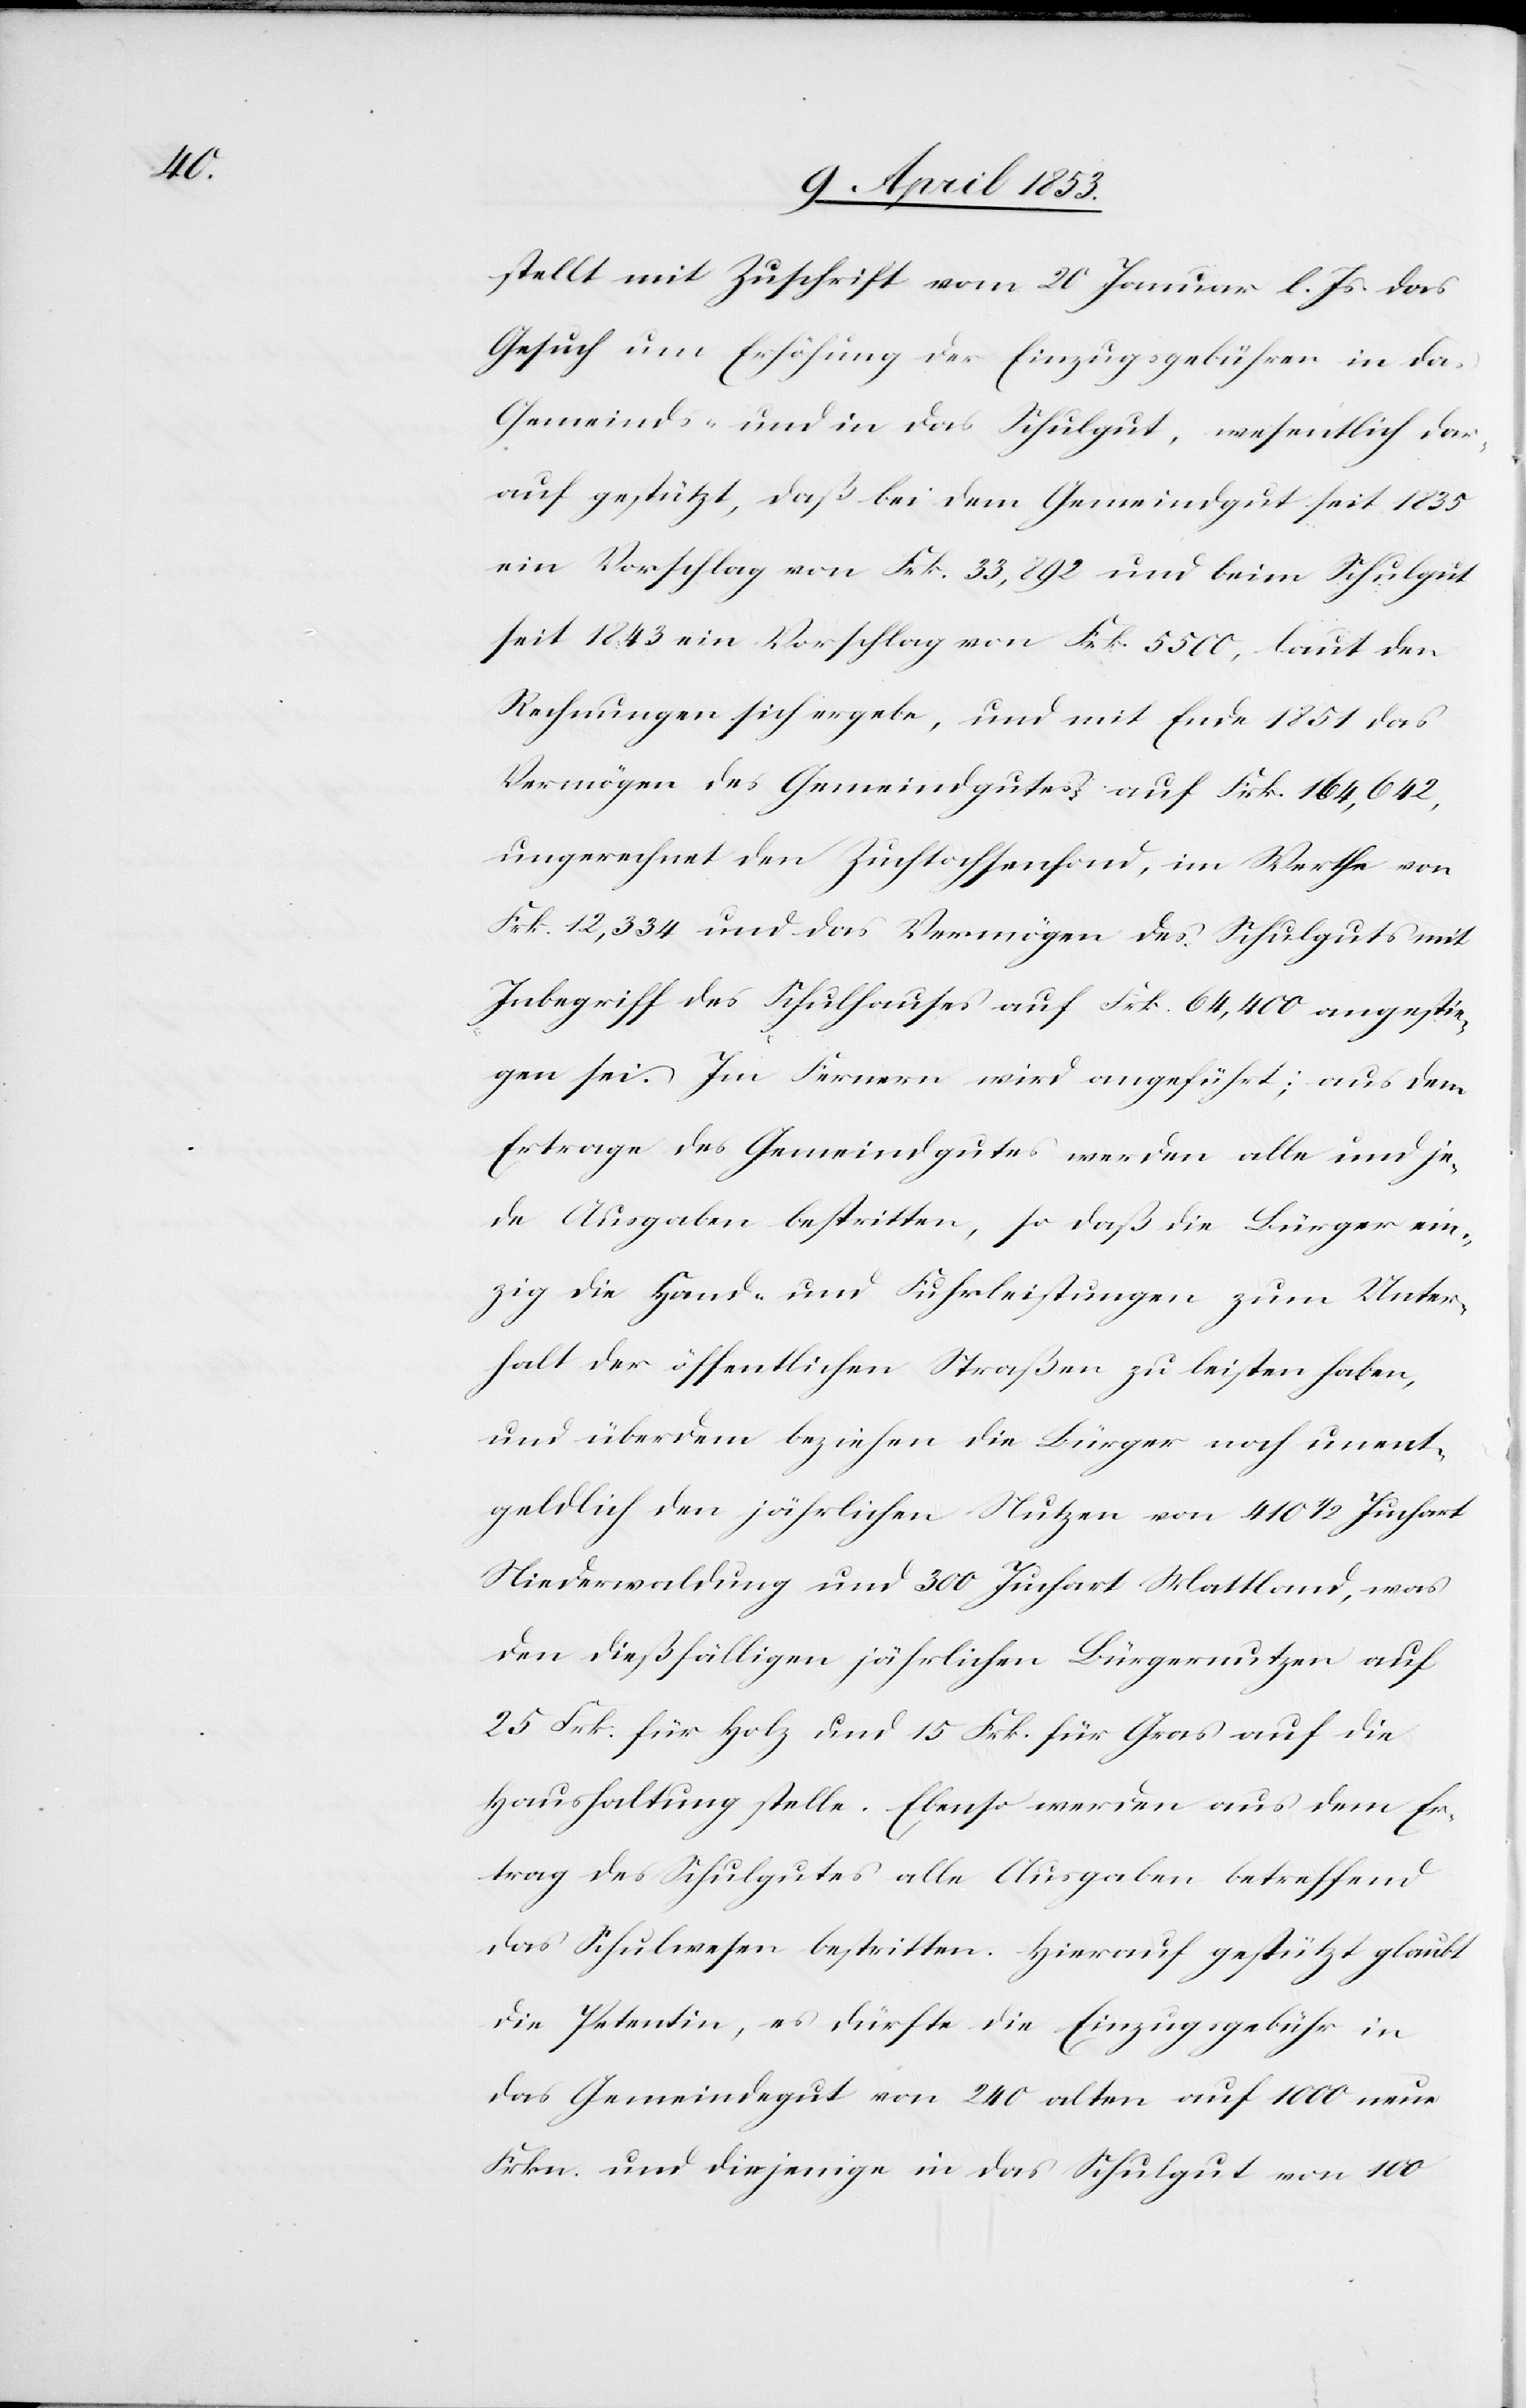
stellt mit Zuschrift vom 20 Januar l. Js. das
Gesuch um Erhöhung der Einzugsgebühren in das
Gemeinds- und in das Schulgut, wesentlich dar¬
auf gestützt, daß bei dem Gemeindsgut seit 1835
ein Vorschlag von Frk. 33, 292 und beim Schulgut
seit 1243 ein Vorschlag von Frk. 5500, laut den
Rechnungen sich ergebe, und mit Ende 1851 das
Vermögen des Gemeindgutes, auf Frk. 164, 642,
ungerechnet den Zuchtochsenfond, im Werthe von
Frk. 12, 334 und das Vermögen des Schulguts mit
Inbegriff des Schulhauses auf Frk. 64, 400 angestie¬
gen sei. Im Fernern wird angeführt; aus dem
Ertrage des Gemeindgutes werden alle und je¬
de Ausgaben bestritten, so daß die Bürger ein¬
zig die Hand- und Fuhrleistungen zum Unter¬
halt der öffentlichen Straßen zu leisten haben,
und überdem beziehen die Bürger noch unent¬
geldlich den jährlichen Nutzen von 410 1/2 Juchart
Niederwaldung und 300 Juchart Mattland, was
den dießfälligen jährlichen Bürgernutzen auf
25 Frk. für Holz und 15 Frk. für Gras auf die
Haushaltung stelle. Ebenso werden aus dem Er¬
trag des Schulgutes alle Ausgaben betreffend
das Schulwesen bestritten. Hierauf gestützt glaubt
die Petentin, es dürfte die Einzugsgebühr in
das Gemeindgut von 240 alten auf 1000 neue
Frkn. und diejenige in das Schulgut von 100